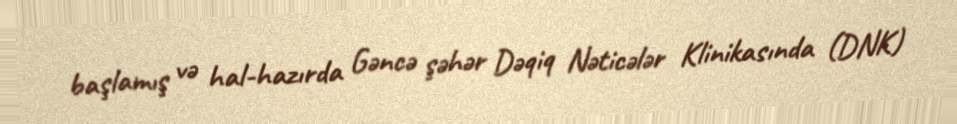
başlamış və hal-hazırda Gəncə şəhər Dəqiq Nəticələr Klinikasında (DNK)